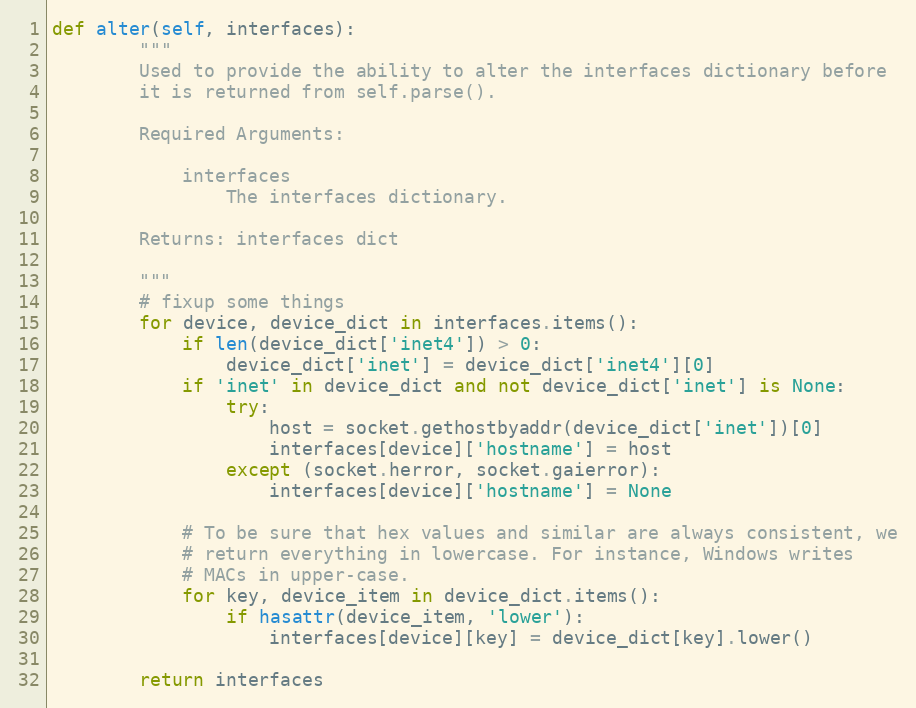
Language: Python
def alter(self, interfaces):
        """
        Used to provide the ability to alter the interfaces dictionary before
        it is returned from self.parse().

        Required Arguments:

            interfaces
                The interfaces dictionary.

        Returns: interfaces dict

        """
        # fixup some things
        for device, device_dict in interfaces.items():
            if len(device_dict['inet4']) > 0:
                device_dict['inet'] = device_dict['inet4'][0]
            if 'inet' in device_dict and not device_dict['inet'] is None:
                try:
                    host = socket.gethostbyaddr(device_dict['inet'])[0]
                    interfaces[device]['hostname'] = host
                except (socket.herror, socket.gaierror):
                    interfaces[device]['hostname'] = None

            # To be sure that hex values and similar are always consistent, we
            # return everything in lowercase. For instance, Windows writes
            # MACs in upper-case.
            for key, device_item in device_dict.items():
                if hasattr(device_item, 'lower'):
                    interfaces[device][key] = device_dict[key].lower()

        return interfaces